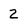
Character: 2